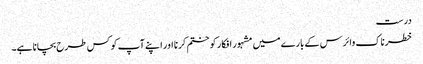
درست
خطرناک وائرس کے بارے میں مشہور افکار کو ختم کرنا اور اپنے آپ کو کس طرح بچانا ہے۔